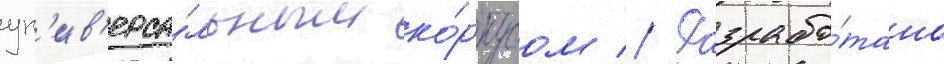
ун'ив'ерса́льным ко́рпусом // Разрабо́тано